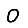
Digit: 0